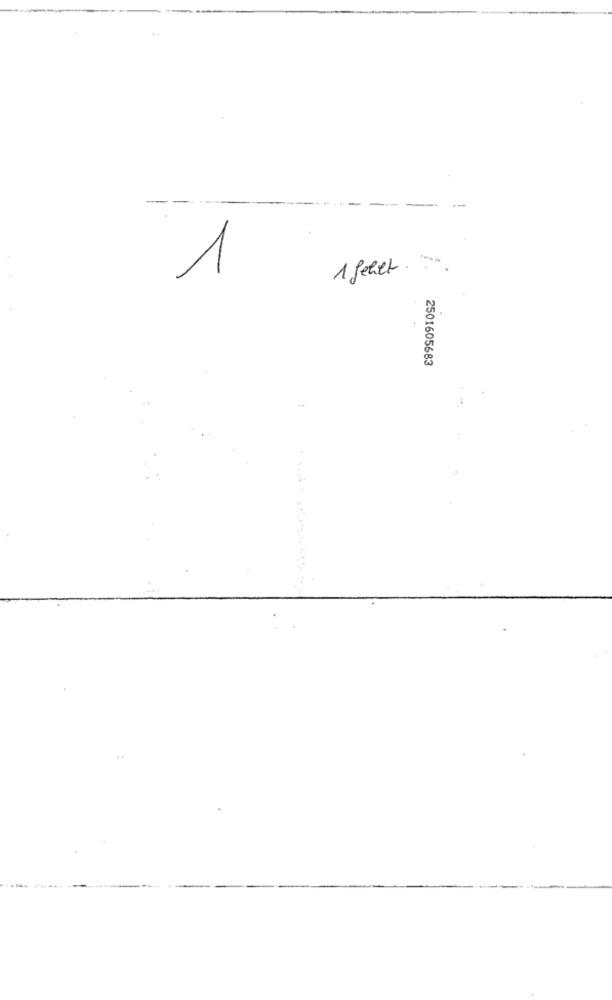
1
1 fehlt. ...
T
2501605683